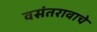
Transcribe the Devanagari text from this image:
वसंतरावाचे